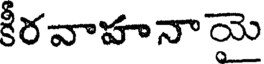
కీరవాహనాయై